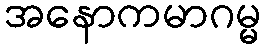
အနောကမာဂမ္မ